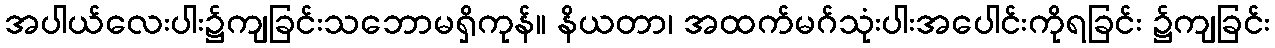
အပါယ်လေးပါး၌ကျခြင်းသဘောမရှိကုန်။ နိယတာ၊ အထက်မဂ်သုံးပါးအပေါင်းကိုရခြင်း ၌ကျခြင်း